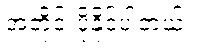
အတိုင်းပို့နိုင်ပါတယ်။